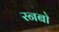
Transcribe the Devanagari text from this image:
रनबो